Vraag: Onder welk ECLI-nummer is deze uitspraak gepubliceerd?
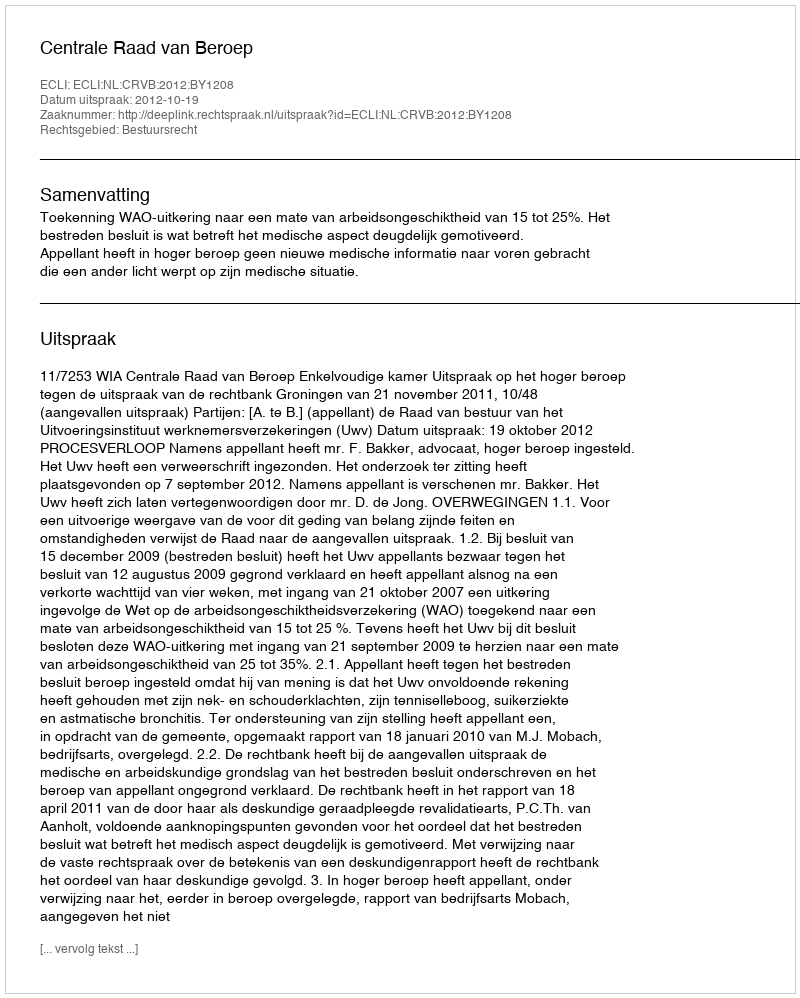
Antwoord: ECLI:NL:CRVB:2012:BY1208